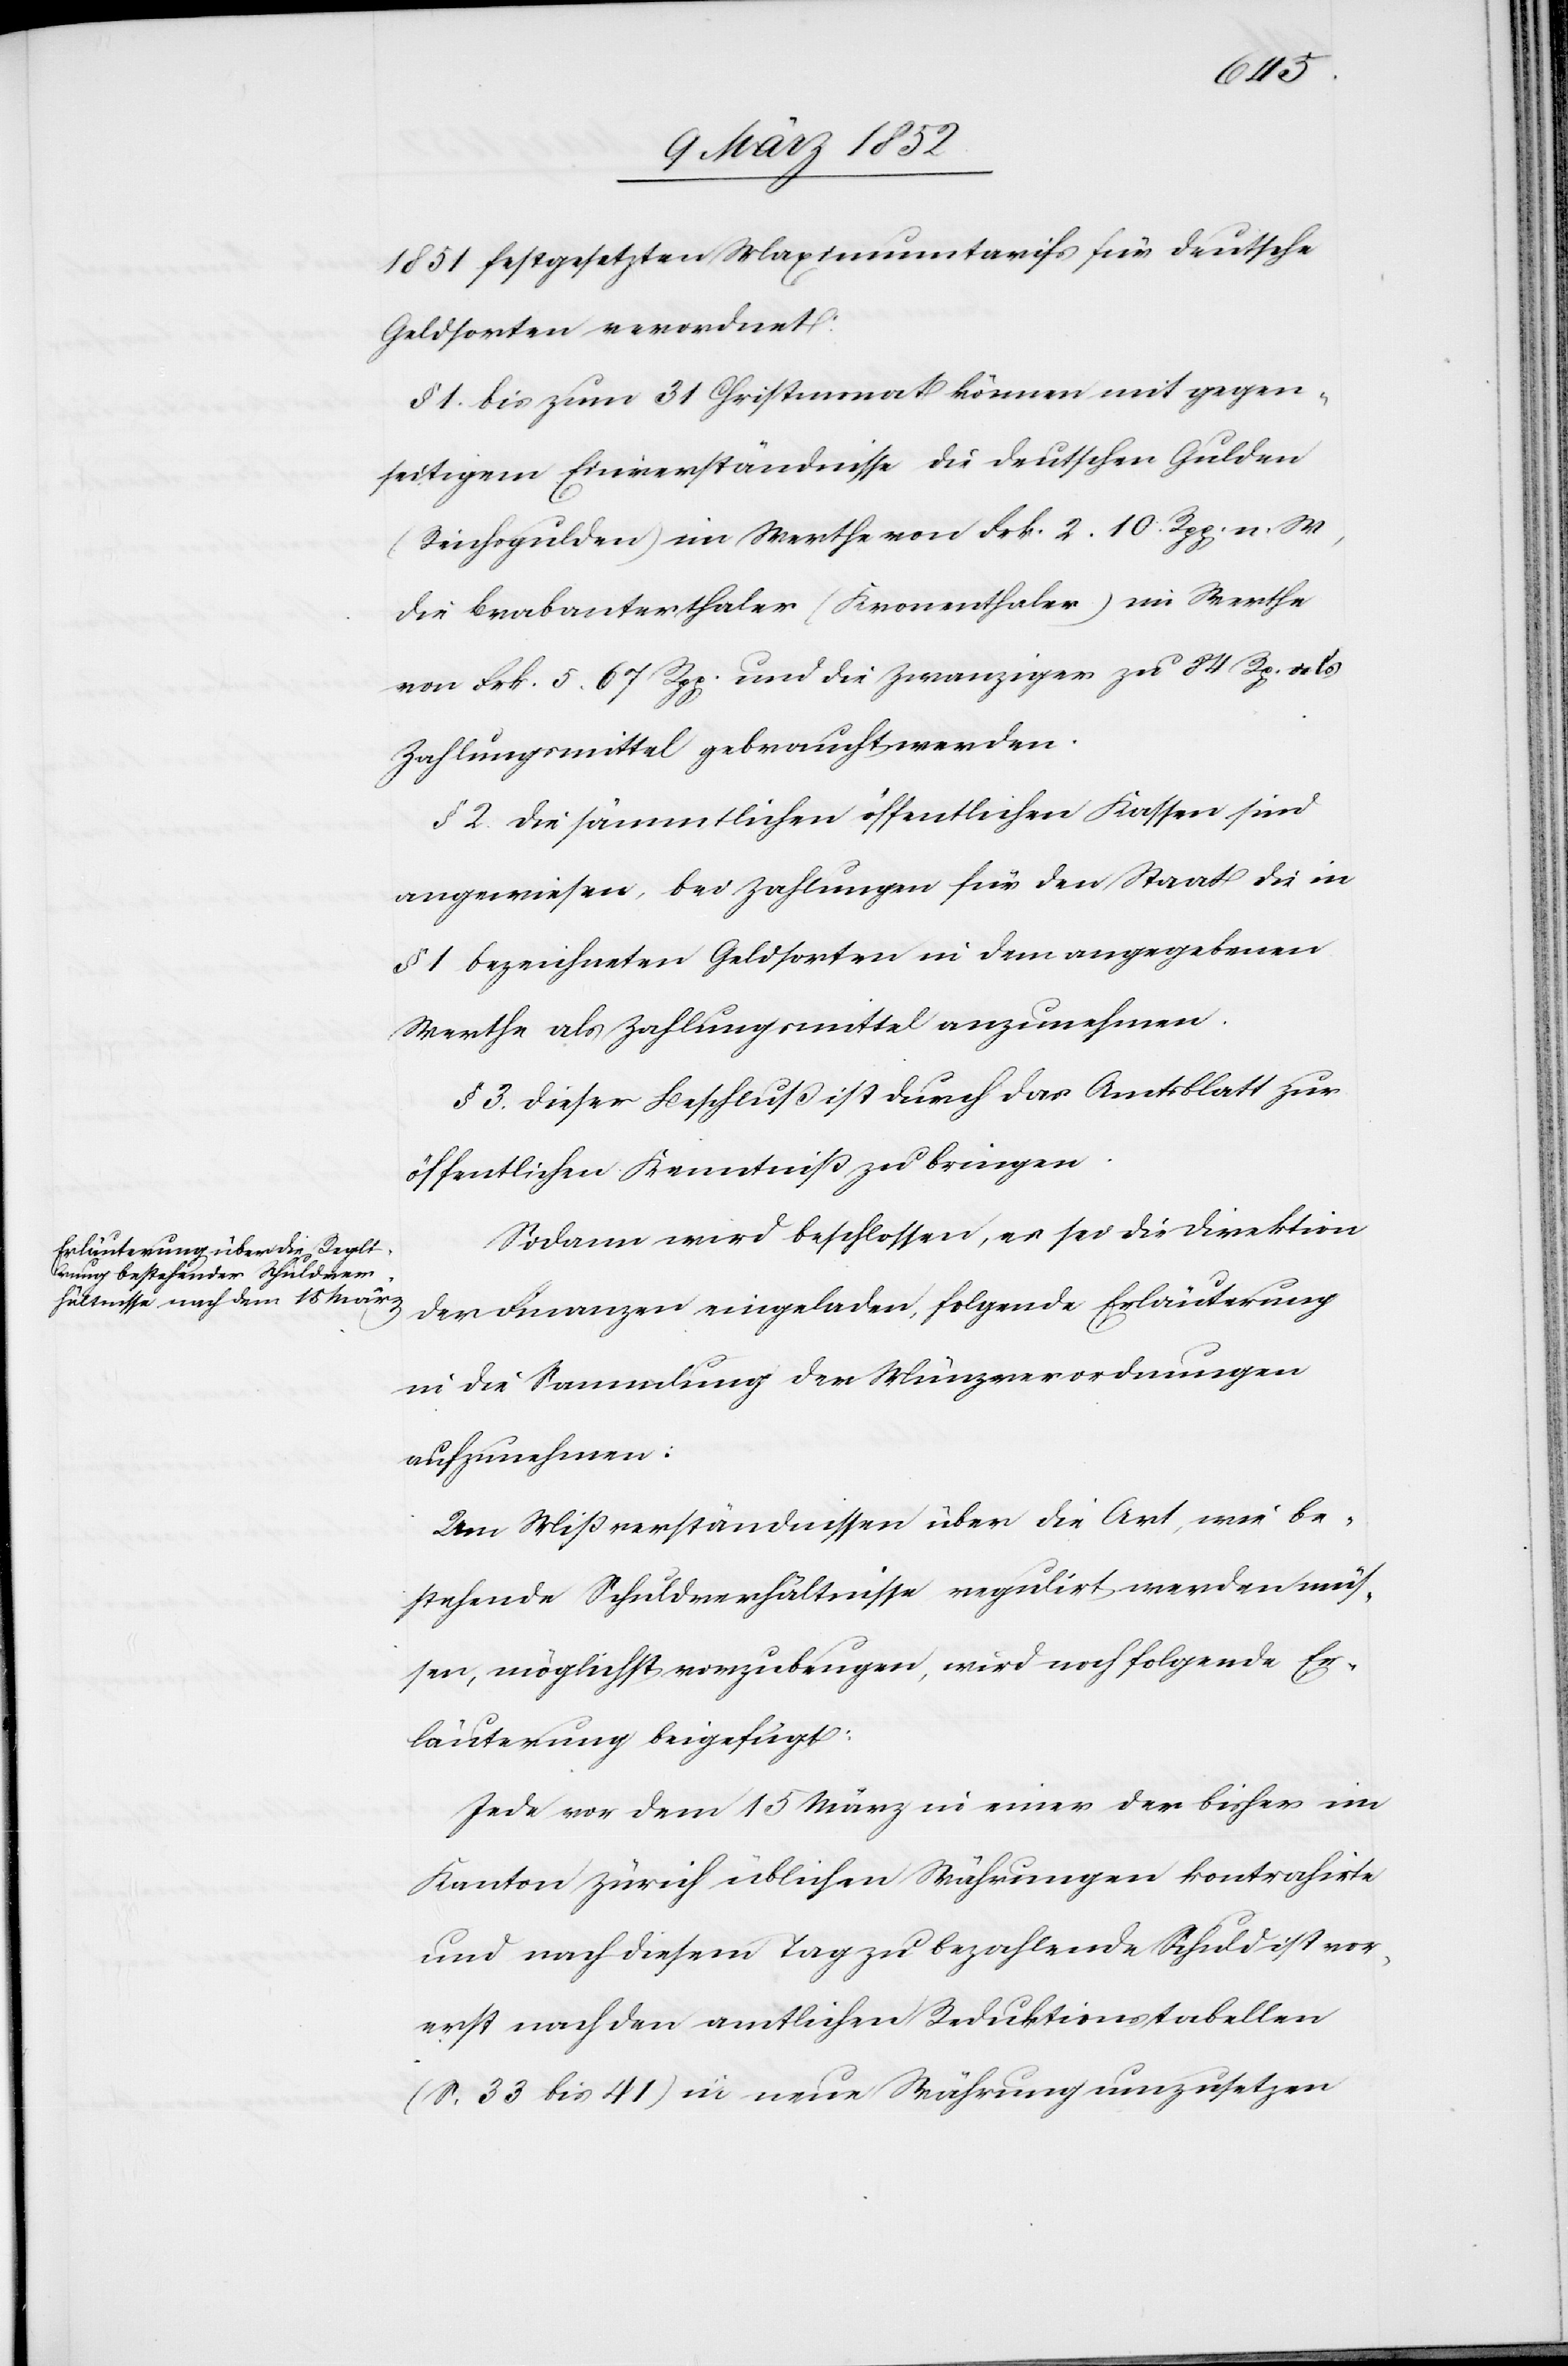
1851 festgesetzten Maximumtarifs für deutsche
Geldsorten verordnet:
§ 1. Bis zum 31 Christmonat können mit gegen¬
seitigem Einverständnisse die deutschen Gulden
(Reichsgulden) im Werthe von Frk. 2. 10. Rpp. n. W,
die Brabanterthaler (Kronenthaler) im Werthe
von Frk. 5. 67 Rpp. und die Zwanziger zu 84 Rp. als
Zahlungsmittel gebraucht werden.
§ 2. Die sämmtlichen öffentlichen Kassen sind
angewiesen, bei Zahlungen für den Staat die in
§ 1 bezeichneten Geldsorten in dem angegebenen
Werthe als Zahlungsmittel anzunehmen.
§ 3. Dieser Beschluß ist durch das Amtsblatt zur
öffentlichen Kenntniß zu bringen.
Sodann wird beschlossen, es sei die Direktion
der Finanzen eingeladen, folgende Erläuterung
in die Sammlung der Münzverordnungen
aufzunehmen:
Um Mißverständnissen über die Art, wie be¬
stehende Schuldverhältnisse regulirt werden müs¬
sen, möglichst vorzubeugen, wird noch folgende Er¬
läuterung beigefügt:
Jede vor dem 15 März in einer der bisher im
Kanton Zürich üblichen Währungen kontrahirte
und nach diesem Tag zu bezahlende Schuld ist vor¬
erst nach den amtlichen Reduktionstabellen
(S. 33 bis 41) in neue Währung umzusetzen